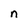
Character: n